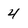
Character: 4